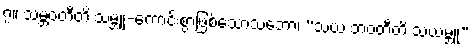
၇။ သမ္ဘဝတီတိ သမ္ဘူ-ကောင်းစွာဖြစ်သောသဘော၊ “သယံ ဘဝတီတိ သယမ္ဘူ”